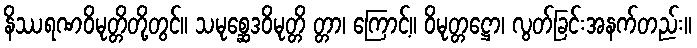
နိဿရဏဝိမုတ္တိတို့တွင်။ သမုစ္ဆေဒဝိမုတ္တိ တ္တာ၊ ကြောင့်။ ဝိမုတ္တဋ္ဌော၊ လွတ်ခြင်းအနက်တည်း။